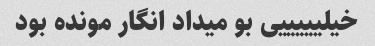
خیلیییییی بو میداد انگار مونده بود